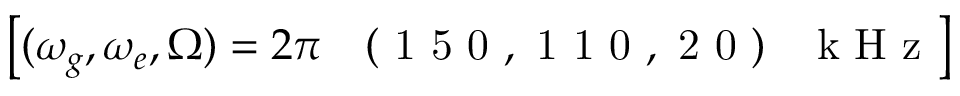
\left[ ( \omega _ { g } , \omega _ { e } , \Omega ) = 2 \pi \mathrm { ~ \ensuremath ~ { ~ ( ~ 1 ~ 5 ~ 0 ~ , ~ 1 ~ 1 ~ 0 ~ , ~ 2 ~ 0 ~ ) ~ } ~ \, ~ k ~ H ~ z ~ } \right]